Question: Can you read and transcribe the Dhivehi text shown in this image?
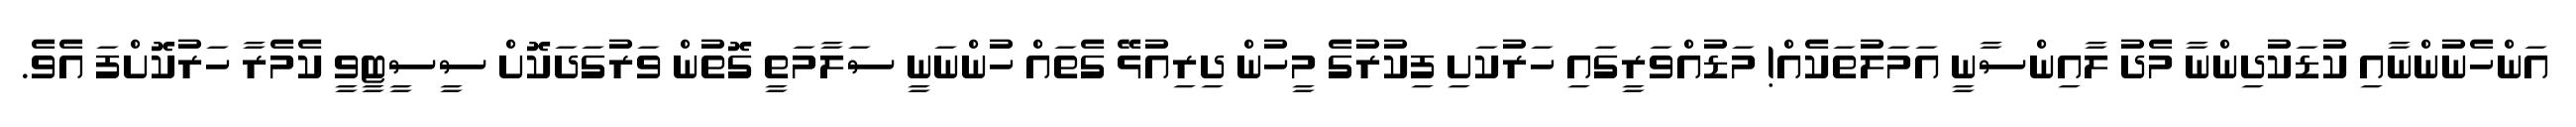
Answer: އަންހެނުންނާއި ކުޑަކުދިންނާ މެދު ލާއިންސާނީ އަމަލުތަކެއް! މަޑުއްވަރީގައި ހަރުކަށި ފިކުރުގެ މީހުން ދިރިއުޅޭ ގެތައް ހުންނަނީ ސަލާމަތީ ގޮތުން ވަރުގަދަކޮށް ސީސީޓީވީ ކެމެރާ ހަރުކޮށްފަ އެވެ.